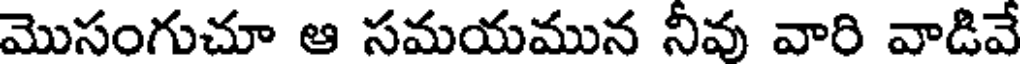
మొసంగుచూ ఆ సమయమున నీవు వారి వాడివే